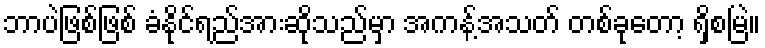
ဘာပဲဖြစ်ဖြစ် ခံနိုင်ရည်အားဆိုသည်မှာ အကန့်အသတ် တစ်ခုတော့ ရှိစမြဲ။